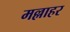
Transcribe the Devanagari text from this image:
मल्लाहर